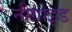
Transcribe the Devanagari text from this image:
नीग्रोइड